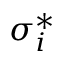
\sigma _ { i } ^ { * }